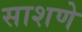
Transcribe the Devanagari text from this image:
साशणे